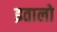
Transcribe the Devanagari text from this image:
इतालो